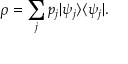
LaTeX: \rho = \sum _ { j } p _ { j } | \psi _ { j } \rangle \langle \psi _ { j } | .